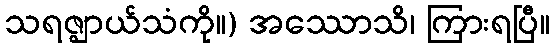
သရဇ္ဈာယ်သံကို။) အဿောသိ၊ ကြားရပြီ။